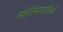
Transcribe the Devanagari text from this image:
मलेरियानाशियों